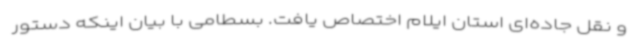
و نقل جاده‌ای استان ایلام اختصاص یافت. بسطامی با بیان اینکه دستور